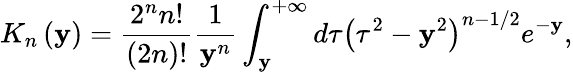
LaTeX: K_{n}\left(\mathbf{y}\right)=\frac{{2^{n}n!}}{{\left(2n\right)!}}\frac{{1}}{{\mathbf{y}^{n}}}\int_{\mathbf{y}}^{+\infty}d\tau\left(\tau^{2}-\mathbf{y}^{2}\right)^{n-1/2}e^{-\mathbf{y}},